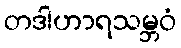
တဒါဟာရသမ္ဘဝံ